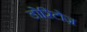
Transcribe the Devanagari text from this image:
डोरिटोज़